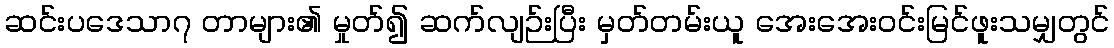
ဆင်းပဒေသာ၇ တာများ၏ မှုတ်၍ ဆက်လျဉ်းပြီး မှတ်တမ်းယူ အေးအေးဝင်းမြင်ဖူးသမျှတွင်